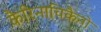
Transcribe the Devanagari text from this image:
कैरिनाचिकैनो